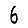
Digit: 6